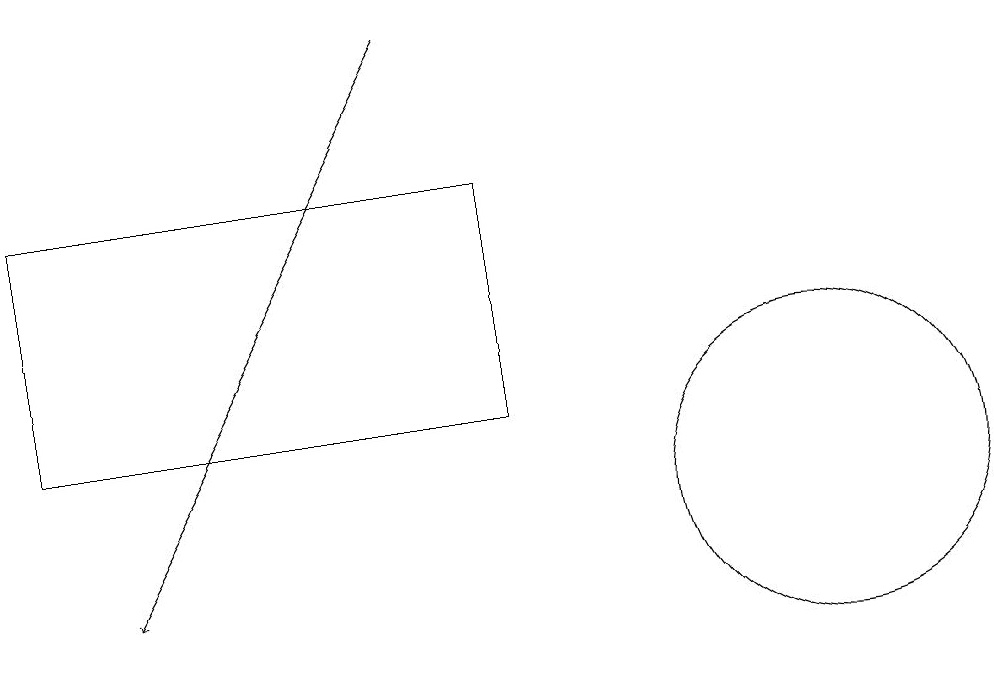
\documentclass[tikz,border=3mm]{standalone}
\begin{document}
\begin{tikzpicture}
\draw (7,16) rectangle (1,13);
\draw (11,12) circle (2);
\draw[->] (6,18) -- (2,11);
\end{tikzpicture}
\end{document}